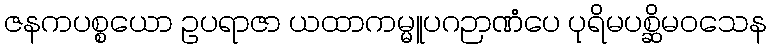
ဇနကပစ္စယော ဥပရာဇာ ယထာကမ္မူပဂဉာဏံပေ ပုရိမပစ္ဆိမဝသေန